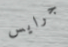
جرايس